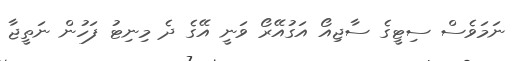
ނަމަވެސް ސިޓީގެ ސާޖިއޯ އަގުއޭރޯ ވަނީ އޭގެ ދެ މިނިޓު ފަހުން ނަތީޖާ